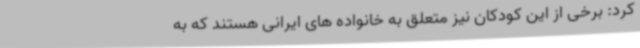
کرد: برخی از این کودکان نیز متعلق به خانواده های ایرانی هستند که به